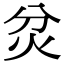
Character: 炃